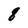
Character: q